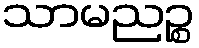
သာမညဉ္စ